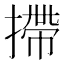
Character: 摕